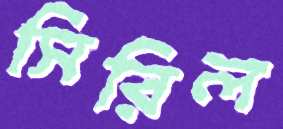
সিরিল